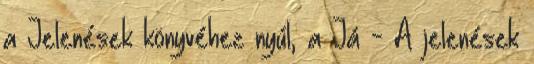
a Jelenések könyvéhez nyúl, a Já - A jelenések